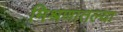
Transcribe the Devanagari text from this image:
मिश्रणातल्या